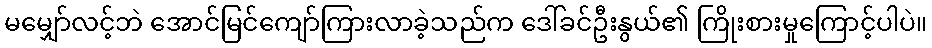
မမျှော်လင့်ဘဲ အောင်မြင်ကျော်ကြားလာခဲ့သည်က ဒေါ်ခင်ဦးနွယ်၏ ကြိုးစားမှုကြောင့်ပါပဲ။